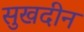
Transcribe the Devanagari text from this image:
सुखदीन